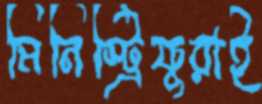
মিনিস্ট্রিফুরাই